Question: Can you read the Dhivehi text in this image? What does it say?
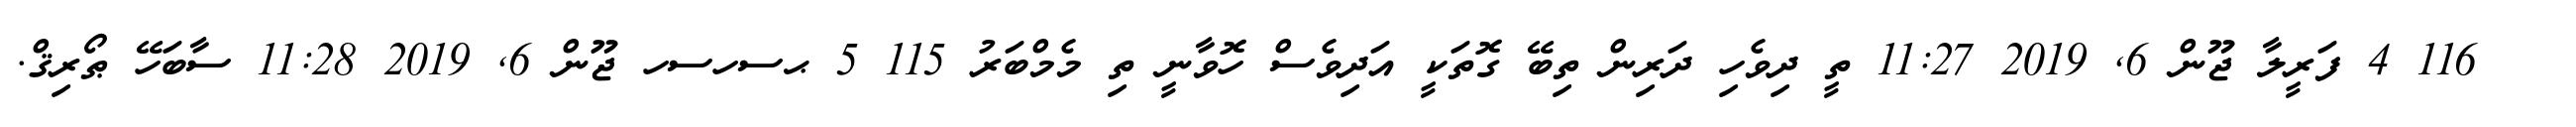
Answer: ??? 116 4 ފަރީލާ ޖޫން 6, 2019 11:27 ތީ ދިވެހި ދަރިން ތިބޭ ގޮތަކީ އަދިވެސް ހޮވާނީ ތި މެމްބަރު 115 5 ޙސހސހ ޖޫން 6, 2019 11:28 ސާބަހޭ ޠޯރިޤް.